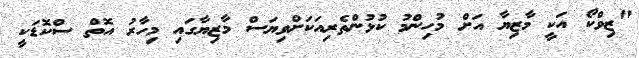
"ޒިވްކޯ އަކީ މާޒިޔާ އަށް މުހިންމު ކުޅުންތެރިއަކަށްވިޔަސް މާޒިޔާގައި މިހާރު އޮތް ސްކޮޑަކީ